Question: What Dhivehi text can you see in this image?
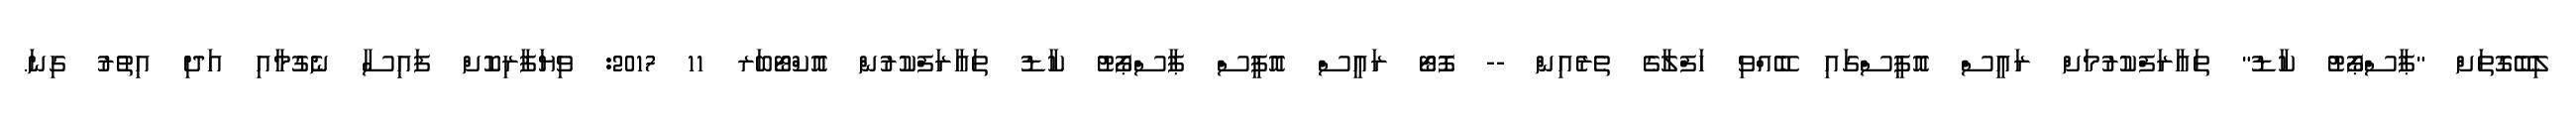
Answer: ލިބޭގޮތަށް "ޕާސްޕޯޓު ކާޑު" ތައާރަފްކުރުމަށް ރައީސް އޮފީސްގައި ބޭއްވި ހަފްލާގެ ތެރެއިން -- ފޮޓޯ ރައީސް އޮފީސް ޕާސްޕޯޓު ކާޑު ތައާރަފްކުރުން އޮކްޓޯބަރ 11 2017: ވިޔަފާރިކޮށް ފައިސާ ނެގުމާއި އަދި އިތުރު ގިނަ.